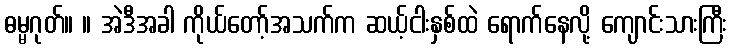
ဓမ္မဂုတ်။ ။ အဲဒီအခါ ကိုယ်တော့်အသက်က ဆယ့်ငါးနှစ်ထဲ ရောက်နေလို့ ကျောင်းသားကြီး